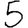
Digit: 5